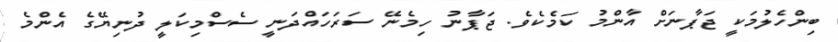
ބިންހެލުމަކީ ޖަޕާނަށް އާންމު ކަމެކެވެ. ޖަޕާނު ހިމެނޭ ސަރަހައްދަނީ ސެސްމިކަލީ ދުނިޔޭގެ އެންމެ